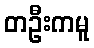
တဦးကမူ